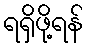
ရရှိဖို့ရန်